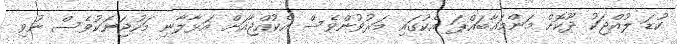
ކުޑަ ލުއްޖަކު ދޫކޮށް މަންމައާބައްޕަ އެކުގައި މަރުވުންވެސް އެކުއްޖާއަށް އަޅާލާނި މަހުޖަނަކުވެސް ނުވި